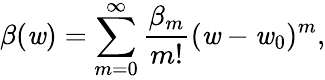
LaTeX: \beta(\mathit{w})=\sum_{m=0}^{\infty}\frac{{\beta_{m}}}{{m!}}(\mathit{w}-\mathit{w}_{0})^{m},